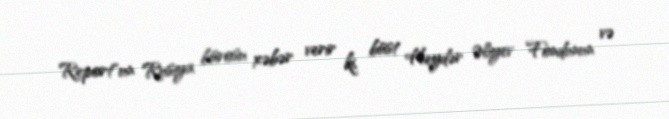
Report"un Rusiya bürosu xəbər verir ki, büst Heydər Əliyev Fondunun və